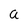
Character: a